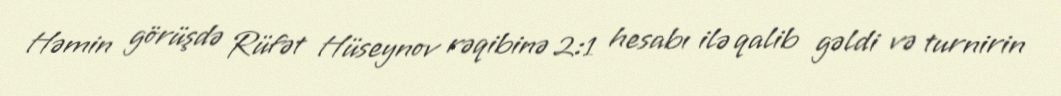
Həmin görüşdə Rüfət Hüseynov rəqibinə 2:1 hesabı ilə qalib gəldi və turnirin